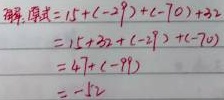
解:
\[
\begin{align*}
\text{原式}& = 15+(-28)+(-70)+32\\
&=15 + 32+(-28)+(-70)\\
&=47+(-98)\\
&=-51
\end{align*}
\]